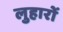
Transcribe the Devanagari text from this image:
लुहारों